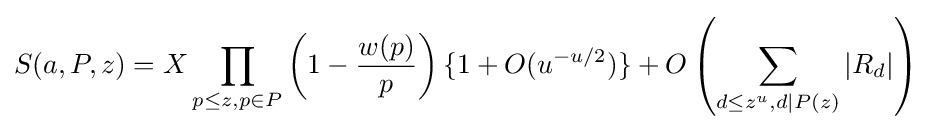
S(a,P,z)=X\prod _{p\leq z,p\in P}\left(1-{\frac {w(p)}{p}}\right)\{1+O(u^{-u/2})\}+O\left(\sum _{d\leq z^{u},d|P(z)}|R_{d}|\right)